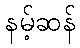
နမ့်ဆန်